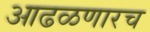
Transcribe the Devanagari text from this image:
आढळणारच